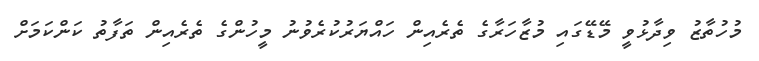
މުހުތާޒު ވިދާޅުވީ މޭޑޭގައި މުޒާހަރާގެ ތެރެއިން ހައްޔަރުކުރެވުނު މީހުންގެ ތެރެއިން ތަފާތު ކަންކަމަށް